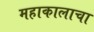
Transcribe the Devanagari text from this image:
महाकालाचा